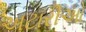
અટારીઓ